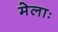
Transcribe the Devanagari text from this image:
मेलाः